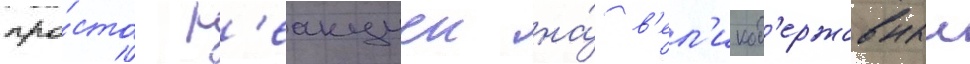
про́сто р'еакциеи на́ в'ел'икод'ержавныи